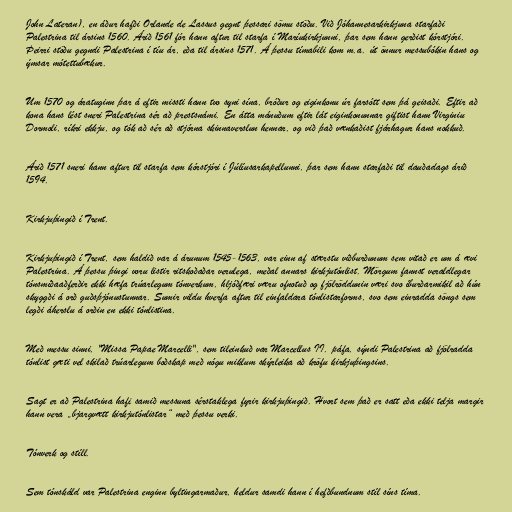
John Lateran), en áður hafði Orlande de Lassus gegnt þessari sömu stöðu. Við Jóhannesarkirkjuna starfaði
Palestrina til ársins 1560. Árið 1561 fór hann aftur til starfa í Maríukirkjunni, þar sem hann gerðist kórstjóri.
Þeirri stöðu gegndi Palestrina í tíu ár, eða til ársins 1571. Á þessu tímabili kom m.a. út önnur messubókin hans og
ýmsar mótettubækur.

Um 1570 og áratuginn þar á eftir missti hann tvo syni sína, bróður og eiginkonu úr farsótt sem þá geisaði. Eftir að
kona hans lést sneri Palestrina sér að prestsnámi. En átta mánuðum eftir lát eiginkonunnar giftist hann Virginiu
Dormoli, ríkri ekkju, og tók að sér að stjórna skinnaverslun hennar, og við það vænkaðist fjárhagur hans nokkuð.

Árið 1571 sneri hann aftur til starfa sem kórstjóri í Júlíusarkapellunni, þar sem hann starfaði til dauðadags árið
1594.

Kirkjuþingið í Trent.

Kirkjuþingið í Trent, sem haldið var á árunum 1545-1563, var einn af stærstu viðburðunum sem vitað er um á ævi
Palestrina. Á þessu þingi voru listir ritskoðaðar verulega, meðal annars kirkjutónlist. Mörgum fannst veraldlegar
tónsmíðaaðferðir ekki hæfa trúarlegum tónverkum, hljóðfæri væru ofnotuð og fjölröddunin væri svo íburðarmikil að hún
skyggði á orð guðsþjónustunnar. Sumir vildu hverfa aftur til einfaldara tónlistarforms, svo sem einradda söngs sem
legði áherslu á orðin en ekki tónlistina.

Með messu sinni, "Missa Papae Marcelli", sem tileinkuð var Marcellus II. páfa, sýndi Palestrina að fjölradda
tónlist gæti vel skilað trúarlegum boðskap með nógu miklum skýrleika að kröfu kirkjuþingsins.

Sagt er að Palestrina hafi samið messuna sérstaklega fyrir kirkjuþingið. Hvort sem það er satt eða ekki telja margir
hann vera „bjargvætt kirkjutónlistar“ með þessu verki.

Tónverk og stíll.

Sem tónskáld var Palestrina enginn byltingarmaður, heldur samdi hann í hefðbundnum stíl síns tíma.